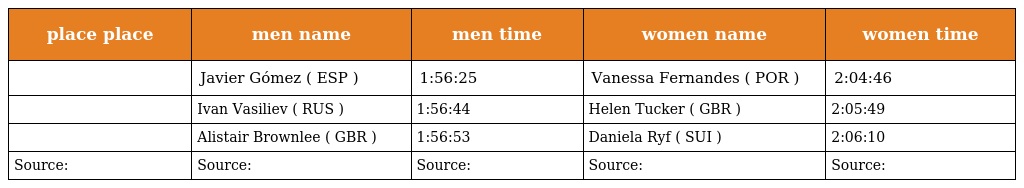
| place place | men name | men time | women name | women time |
 | --- | --- | --- | --- | --- |
 |  | Javier Gómez ( ESP ) | 1:56:25 | Vanessa Fernandes ( POR ) | 2:04:46 |
 |  | Ivan Vasiliev ( RUS ) | 1:56:44 | Helen Tucker ( GBR ) | 2:05:49 |
 |  | Alistair Brownlee ( GBR ) | 1:56:53 | Daniela Ryf ( SUI ) | 2:06:10 |
 | Source: | Source: | Source: | Source: | Source: |